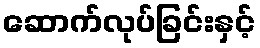
ဆောက်လုပ်ခြင်းနှင့်